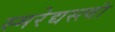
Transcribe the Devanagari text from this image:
स्मरेद्यस्त्वां